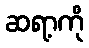
ဆရာ့ကို